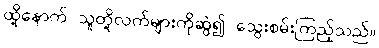
ထို့နောက် သူတို့လက်များကိုဆွဲ၍ သွေးစမ်းကြည့်သည်။